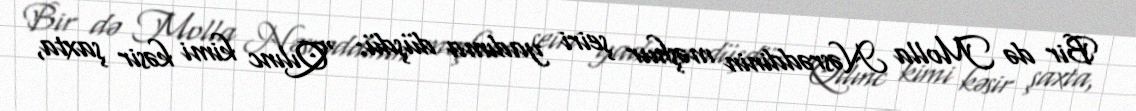
Bir də Molla Nəsrəddinin məşhur şeiri yadıma düşdü: “Qılınc kimi kəsir şaxta,